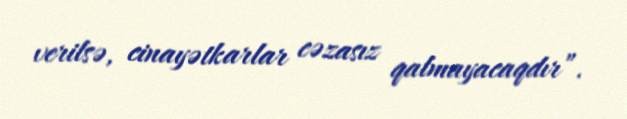
verilsə, cinayətkarlar cəzasız qalmayacaqdır”.